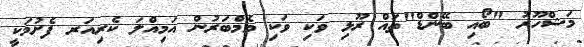
މަޝްހޫރު "ބޯއި ބޭންޑް"ތައް ރޫޅި ވަކި ވަކި މެމްބަރުން އަމިއްލަ ކެރިއަރ ފެށުމަކީ